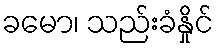
ခမော၊ သည်းခံနှိုင်